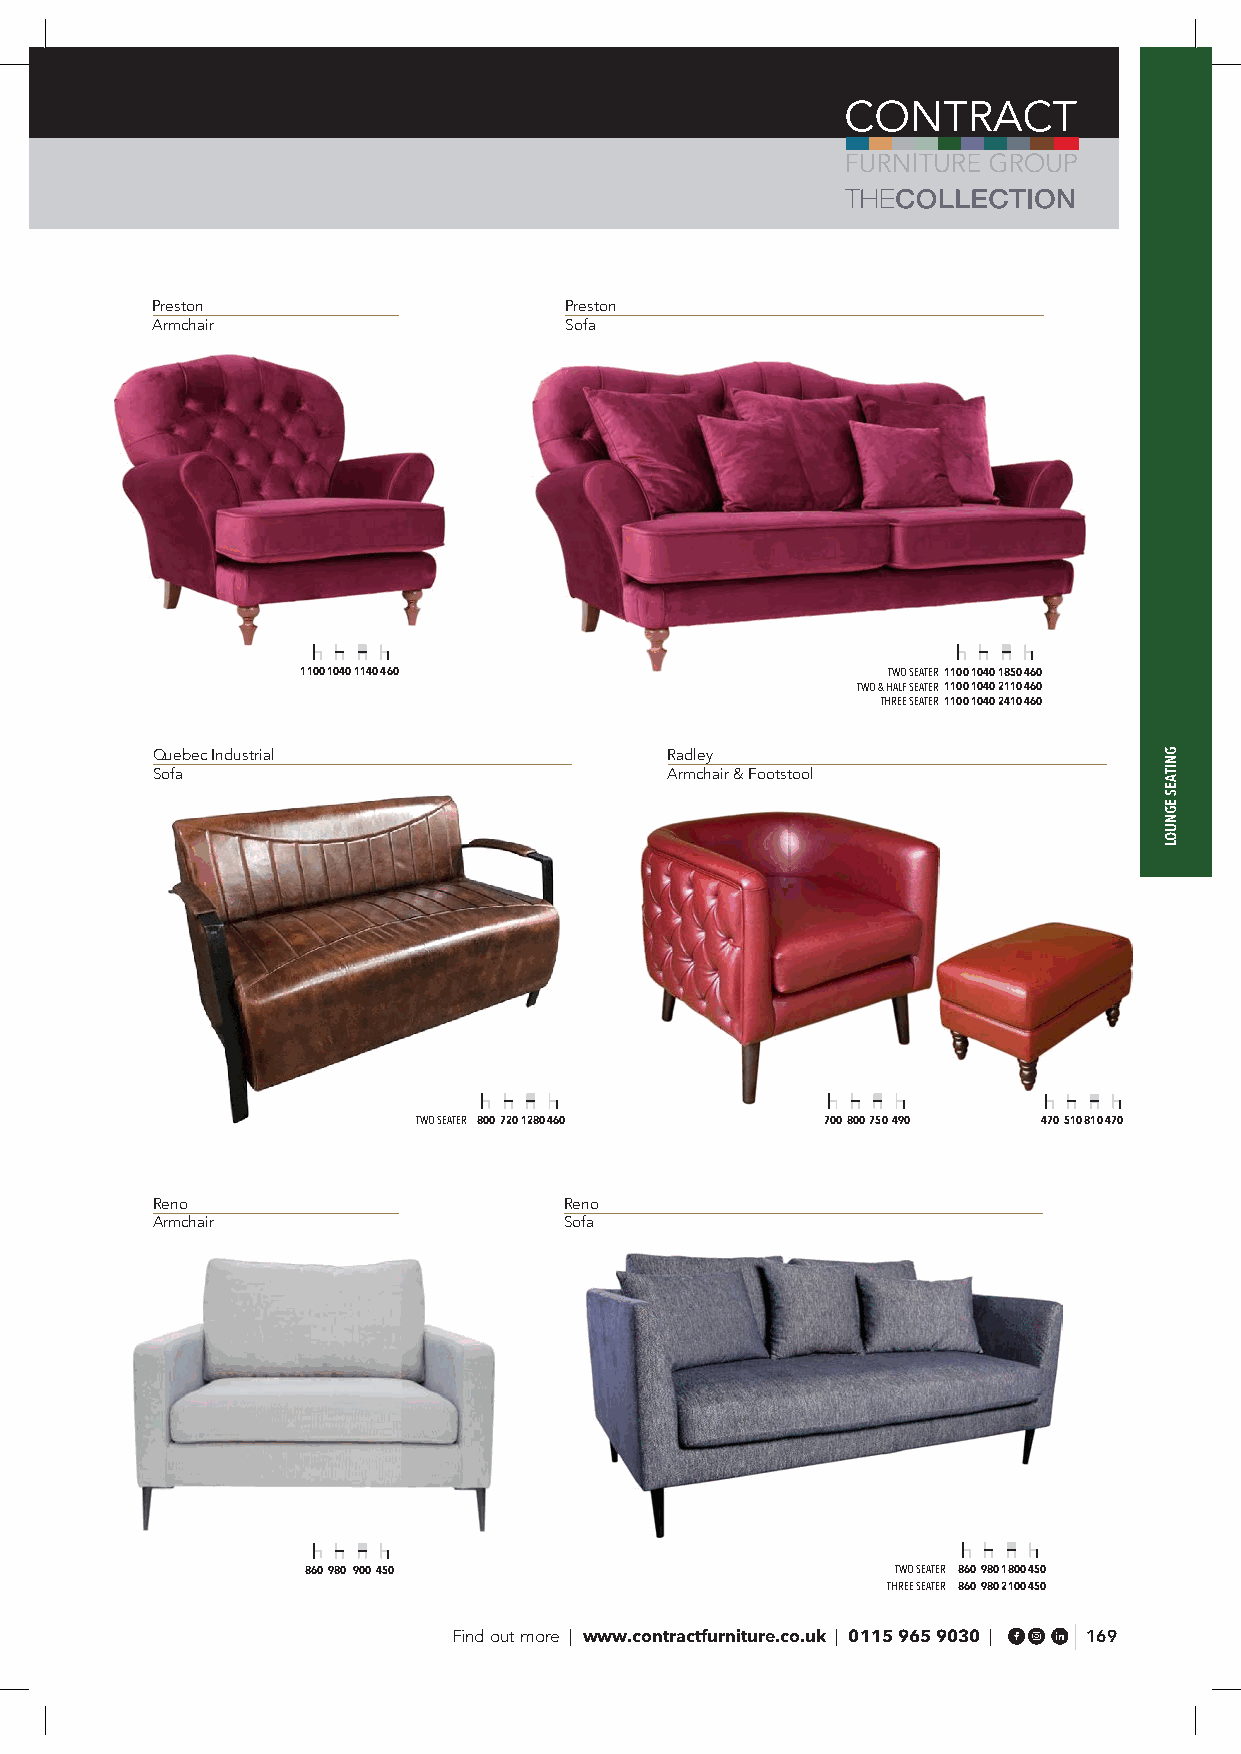
Preston                    Preston
 Armchair                   Sofa
 1100 1040 1140 460                     TWO SEATER 1100 1040 1850 460
 TWO & HALF SEATER 1100 1040 2110 460
 THREE SEATER 1100 1040 2410 460
 Quebec Industrial                 Radley
 Sofa                              Armchair & Footstool
 TWO SEATER 800 720 1280 460 700 800 750 490 470 510 810 470
 Reno                       Reno
 Armchair                   Sofa
 860 980 900 450                        TWO SEATER 860 980 1800 450
 THREE SEATER 860 980 2100 450
 Find out more | www.contractfurniture.co.uk | 0115 965 9030 | 169
 GNITAES
 EGNUOL